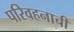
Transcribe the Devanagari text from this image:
परिवहनाची